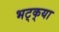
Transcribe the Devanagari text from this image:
भट्‌क्‌या